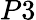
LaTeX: P3